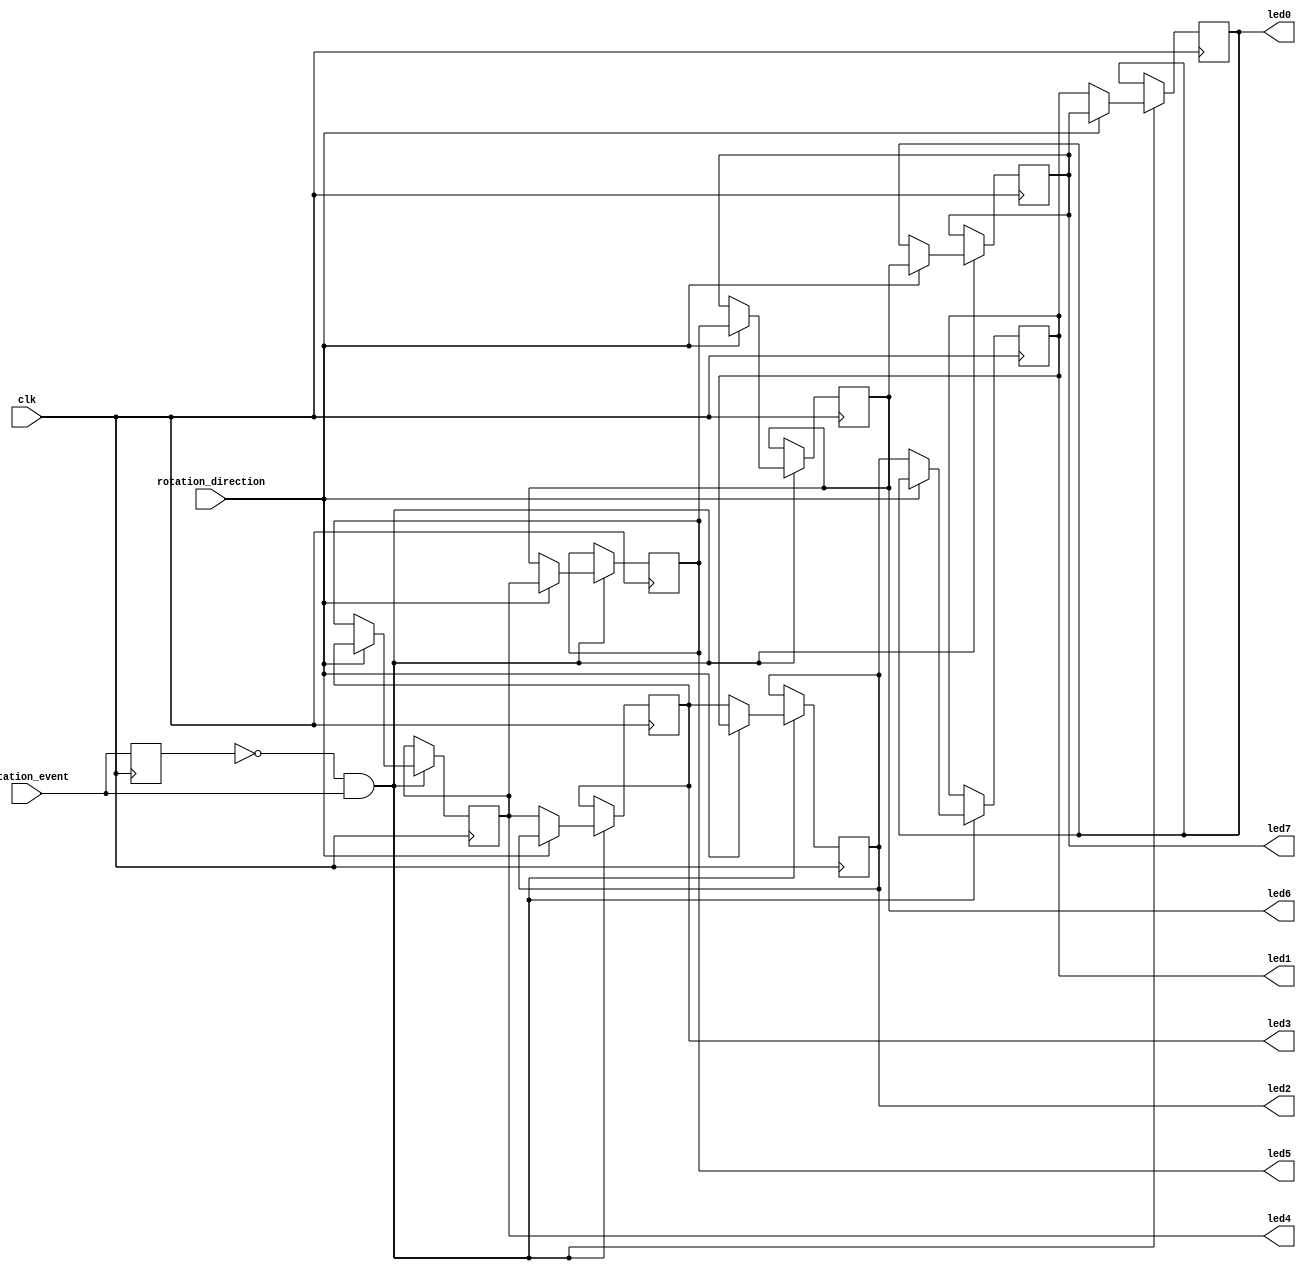
`timescale 1ns / 1ps
//////////////////////////////////////////////////////////////////////////////////
// Company: 
// Engineer: 
// 
// Design Name: 
// Module Name:    Rotary_Shaft_Encoder_2 
// Project Name: 
// Target Devices: 
// Tool versions: 
// Description: 
//
// Dependencies: 
//
// Revision: 
// Revision 0.01 - File Created
// Additional Comments: 
//
//////////////////////////////////////////////////////////////////////////////////
module Rotary_Shaft_Encoder_2(clk,rotation_event,rotation_direction,led0,led1,led2,led3,led4,led5,led6,led7
    );
	 input rotation_event,rotation_direction;
	 input clk;
	 reg prev_rotation_event;
	 
	 output reg led0,led1,led2,led3,led4,led5,led6,led7;
	 initial begin
		prev_rotation_event<=1;
		led0<=1;
		 led1<=0;
		 led2<=0;
		 led3<=0;
		 led5<=0;
		 led6<=0;
		 led7<=0;
	 end
	 
	 always @(posedge clk) begin
		prev_rotation_event<=rotation_event;
		if(!prev_rotation_event && rotation_event) begin
			if(!rotation_direction) begin
				led0<=led1;
				led1<=led2;
				led2<=led3;
				led3<=led4;
				led4<=led5;
				led5<=led6;
				led6<=led7;
				led7<=led0;
			end
			if (rotation_direction) begin
				led1<=led0;
				led2<=led1;
				led3<=led2;
				led4<=led3;
				led5<=led4;
				led6<=led5;
				led7<=led6;
				led0<=led7;
			end
		end
	end
		
		
	 


endmodule